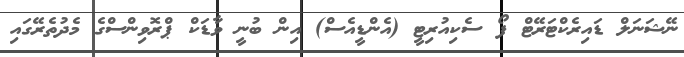
ނޭޝަނަލް ޑައިރެކްޓަރޭޓް ފޯ ސެކިއުރިޓީ (އެންޑީއެސް) އިން ބުނީ ވާޑަކް ޕްރޮވިންސްގެ މެދުތެރޭގައި